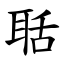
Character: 聒